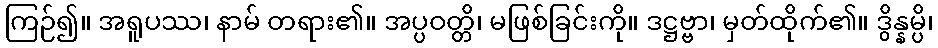
ကြဉ်၍။ အရူပဿ၊ နာမ် တရား၏။ အပ္ပဝတ္တိ၊ မဖြစ်ခြင်းကို။ ဒဋ္ဌဗ္ဗာ၊ မှတ်ထိုက်၏။ ဒွိန္နမ္ပိ၊